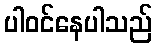
ပါဝင်နေပါသည်